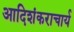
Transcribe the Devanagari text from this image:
आदिशंकराचार्य